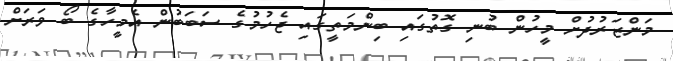
މަންޒަރުދުށް މީހުން ބުނި ގޮތުގައި ބިންމަތީގައި ޖެހުމުގެ ސަބަބުން އެމީހާގެ ބޯ ވަރަށް